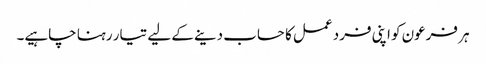
ہر فرعون کو اپنی فرد عمل کا حساب دینے کے لیے تیار رہنا چاہیے۔